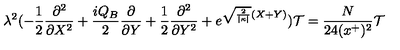
\lambda ^ { 2 } ( - \frac { 1 } { 2 } \frac { \partial ^ { 2 } } { \partial X ^ { 2 } } + \frac { i Q _ { B } } { 2 } \frac { \partial } { \partial Y } + \frac { 1 } { 2 } \frac { \partial ^ { 2 } } { \partial Y ^ { 2 } } + e ^ { \sqrt { \frac { 2 } { | \kappa | } } ( X + Y ) } ) { \cal T } = \frac { N } { 2 4 ( x ^ { + } ) ^ { 2 } } { \cal T }